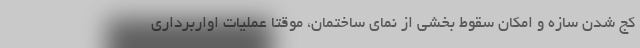
کج شدن سازه و امکان سقوط بخشی از نمای ساختمان، موقتا عملیات اواربرداری